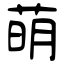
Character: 萌